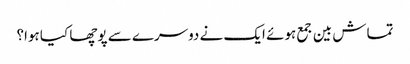
تماش بین جمع ہوئے ایک نے دوسرے سے پوچھا کیا ہوا؟